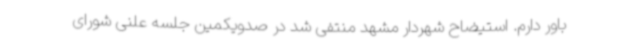
باور دارم. استیضاح شهردار مشهد منتفی شد در صدویکمین جلسه علنی شورای